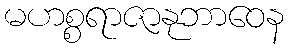
မဟစ္စရာဇာနုဘာဝေန